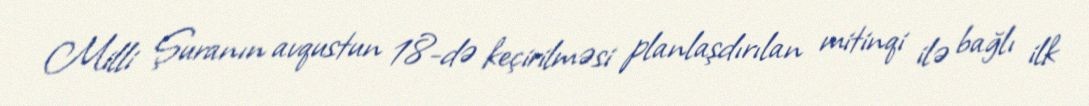
Milli Şuranın avqustun 18-də keçirilməsi planlaşdırılan mitinqi ilə bağlı ilk